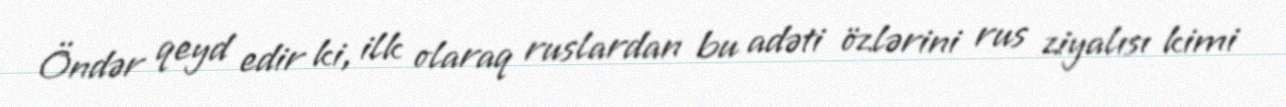
Öndər qeyd edir ki, ilk olaraq ruslardan bu adəti özlərini rus ziyalısı kimi